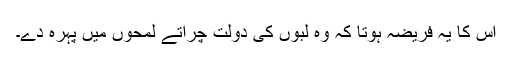
اس کا یہ فریضہ ہوتا کہ وہ لبوں کی دولت چراتے لمحوں میں پہرہ دے۔